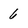
Character: 6